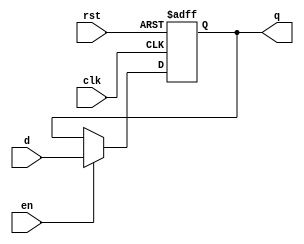
// generic_reg
// Algorithm :: generic register with reset & en signals
// unit type :: sequential
// Note      :: all arithmetic operations will use signed (2'complement) 10-bit width

module generic_reg 
#(parameter WIDTH=10)
(clk, rst, en, d, q);
input clk, rst, en;
input [WIDTH-1:0] d;
output reg [WIDTH-1:0] q;

always @ (posedge rst or posedge clk)
begin
	// Reset whenever the reset signal goes high, regardless of the clock
	// or the clock enable
	if (rst)
	begin
		q <= 0;
	end
	// If not resetting, and the clock signal is enabled on this register,
	// update the register output on the clock's rising edge
	else
	begin
		if (en)
		begin
			q <= d;
		end
	end
end

endmodule